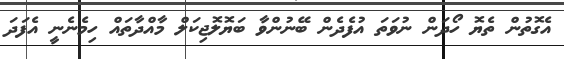
އެގޮތުން ތެޔޮ ހޯދަން ނުވަތަ އުފެދެން ބޭނުންވާ ބަޔޮލޮޖިކަލް މާއްދާތައް ހިމެނެނީ އެފަދަ